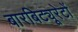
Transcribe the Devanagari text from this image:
बारबिट्यूरेटों